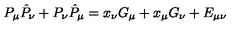
P _ { \mu } \hat { P } _ { \nu } + P _ { \nu } \hat { P } _ { \mu } = x _ { \nu } G _ { \mu } + x _ { \mu } G _ { \nu } + E _ { \mu \nu }